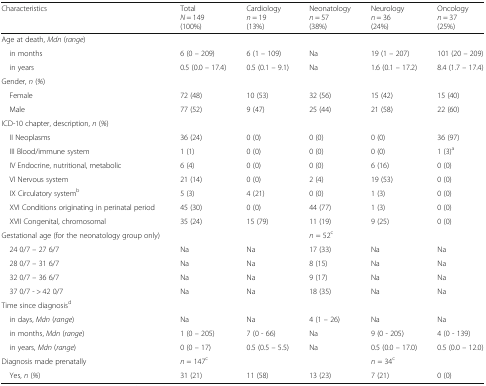
<table><thead><tr><td><b>Characteristics</b></td><td><b>Total<i>N</i> = 149(100%)</b></td><td><b>Cardiology<i>n</i> = 19(13%)</b></td><td><b>Neonatology<i>n</i> = 57(38%)</b></td><td><b>Neurology<i>n</i> = 36(24%)</b></td><td><b>Oncology<i>n</i> = 37(25%)</b></td></tr></thead><tbody><tr><td colspan="6">Age at death, <i>Mdn</i> (<i>range</i>)</td></tr><tr><td> in months</td><td>6 (0 – 209)</td><td>6 (1 – 109)</td><td>Na</td><td>19 (1 – 207)</td><td>101 (20 – 209)</td></tr><tr><td> in years</td><td>0.5 (0.0 – 17.4)</td><td>0.5 (0.1 – 9.1)</td><td>Na</td><td>1.6 (0.1 – 17.2)</td><td>8.4 (1.7 – 17.4)</td></tr><tr><td colspan="6">Gender, <i>n</i> (<i>%</i>)</td></tr><tr><td> Female</td><td>72 (48)</td><td>10 (53)</td><td>32 (56)</td><td>15 (42)</td><td>15 (40)</td></tr><tr><td> Male</td><td>77 (52)</td><td>9 (47)</td><td>25 (44)</td><td>21 (58)</td><td>22 (60)</td></tr><tr><td colspan="6">ICD-10 chapter, description, <i>n</i> (<i>%</i>)</td></tr><tr><td> II Neoplasms</td><td>36 (24)</td><td>0 (0)</td><td>0 (0)</td><td>0 (0)</td><td>36 (97)</td></tr><tr><td> III Blood/immune system</td><td>1 (1)</td><td>0 (0)</td><td>0 (0)</td><td>0 (0)</td><td>1 (3)<sup>a</sup></td></tr><tr><td> IV Endocrine, nutritional, metabolic</td><td>6 (4)</td><td>0 (0)</td><td>0 (0)</td><td>6 (16)</td><td>0 (0)</td></tr><tr><td> VI Nervous system</td><td>21 (14)</td><td>0 (0)</td><td>2 (4)</td><td>19 (53)</td><td>0 (0)</td></tr><tr><td> IX Circulatory system<sup>b</sup></td><td>5 (3)</td><td>4 (21)</td><td>0 (0)</td><td>1 (3)</td><td>0 (0)</td></tr><tr><td> XVI Conditions originating in perinatal period</td><td>45 (30)</td><td>0 (0)</td><td>44 (77)</td><td>1 (3)</td><td>0 (0)</td></tr><tr><td> XVII Congenital, chromosomal</td><td>35 (24)</td><td>15 (79)</td><td>11 (19)</td><td>9 (25)</td><td>0 (0)</td></tr><tr><td>Gestational age (for the neonatology group only)</td><td></td><td></td><td><i>n</i> = 52<sup>c</sup></td><td></td><td></td></tr><tr><td> 24 0/7 – 27 6/7</td><td>Na</td><td>Na</td><td>17 (33)</td><td>Na</td><td>Na</td></tr><tr><td> 28 0/7 – 31 6/7</td><td>Na</td><td>Na</td><td>8 (15)</td><td>Na</td><td>Na</td></tr><tr><td> 32 0/7 – 36 6/7</td><td>Na</td><td>Na</td><td>9 (17)</td><td>Na</td><td>Na</td></tr><tr><td> 37 0/7 - &gt; 42 0/7</td><td>Na</td><td>Na</td><td>18 (35)</td><td>Na</td><td>Na</td></tr><tr><td colspan="6">Time since diagnosis<sup>d</sup></td></tr><tr><td> in days, <i>Mdn</i> (<i>range</i>)</td><td>Na</td><td>Na</td><td>4 (1 – 26)</td><td>Na</td><td>Na</td></tr><tr><td> in months, <i>Mdn</i> (<i>range</i>)</td><td>1 (0 – 205)</td><td>7 (0 - 66)</td><td>Na</td><td>9 (0 - 205)</td><td>4 (0 - 139)</td></tr><tr><td> in years, <i>Mdn</i> (<i>range</i>)</td><td>0 (0 – 17)</td><td>0.5 (0.5 – 5.5)</td><td>Na</td><td>0.5 (0.0 – 17.0)</td><td>0.5 (0.0 – 12.0)</td></tr><tr><td>Diagnosis made prenatally</td><td><i>n</i> = 147<sup>c</sup></td><td></td><td></td><td><i>n</i> = 34<sup>c</sup></td><td></td></tr><tr><td> Yes, <i>n</i> (<i>%</i>)</td><td>31 (21)</td><td>11 (58)</td><td>13 (23)</td><td>7 (21)</td><td>0 (0)</td></tr></tbody></table>